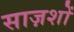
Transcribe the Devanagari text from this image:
साज़शों